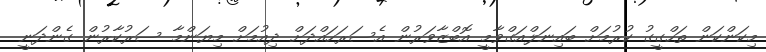
މިކަންކަން ތަހްގީގު ކުރުމަށް ބައިނަލްއަގްވާމީ އޮބްޒާވަރުން އެސަރަހައްދަށް ދިއުމަށް މިޔަންމާ ސަރުކާރުން ގެންދަނީ